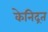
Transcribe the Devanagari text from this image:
केनिद्रत